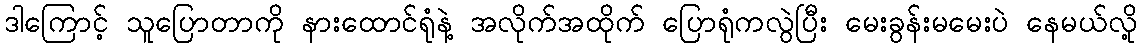
ဒါကြောင့် သူပြောတာကို နားထောင်ရုံနဲ့ အလိုက်အထိုက် ပြောရုံကလွဲပြီး မေးခွန်းမမေးပဲ နေမယ်လို့